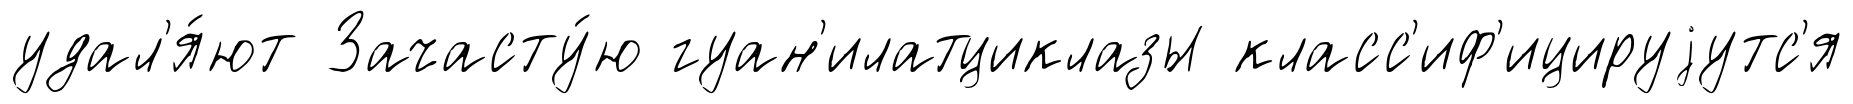
удал'я́ют Зачасту́ю гуан'илатциклазы класс'иф'ицируjутс'я